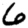
Digit: 6